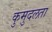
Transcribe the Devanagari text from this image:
कुमुदलता